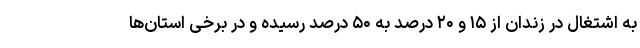
به اشتغال در زندان از ۱۵ و ۲۰ درصد به ۵۰ درصد رسیده و در برخی استان‌ها